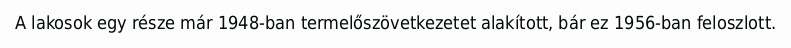
A lakosok egy része már 1948-ban termelőszövetkezetet alakított, bár ez 1956-ban feloszlott.